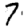
Digit: 7